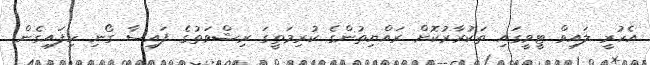
އެހުރީ ލައިވް ޓީވީގައި ތަކުރާރުކޮށް ރައްޔިތުންގެ ކުރިމަތީގަ ރިޝްވަތުގެ ފައިސާ ގޯނި ހިފައިގެން